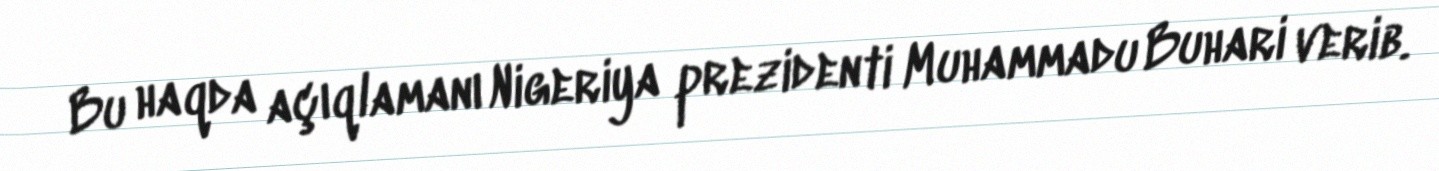
Bu haqda açıqlamanı Nigeriya prezidenti Muhammadu Buhari verib.